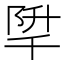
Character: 𨹱